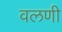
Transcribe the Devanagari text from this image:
वलणी